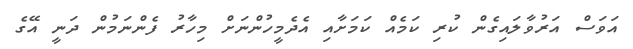
އަވަސް އަރުވާލައިގެން ކުރި ކަމެއް ކަމަށާއި އެދެމީހުންނަށް މިހާރު ފެންނަމުން ދަނީ އޭގެ